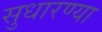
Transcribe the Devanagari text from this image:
सुधारण्या